Report of the Municipal Commissioner on the plague in Bombay for the year ending 31st May... - Volume 2
Disease focus: Plague
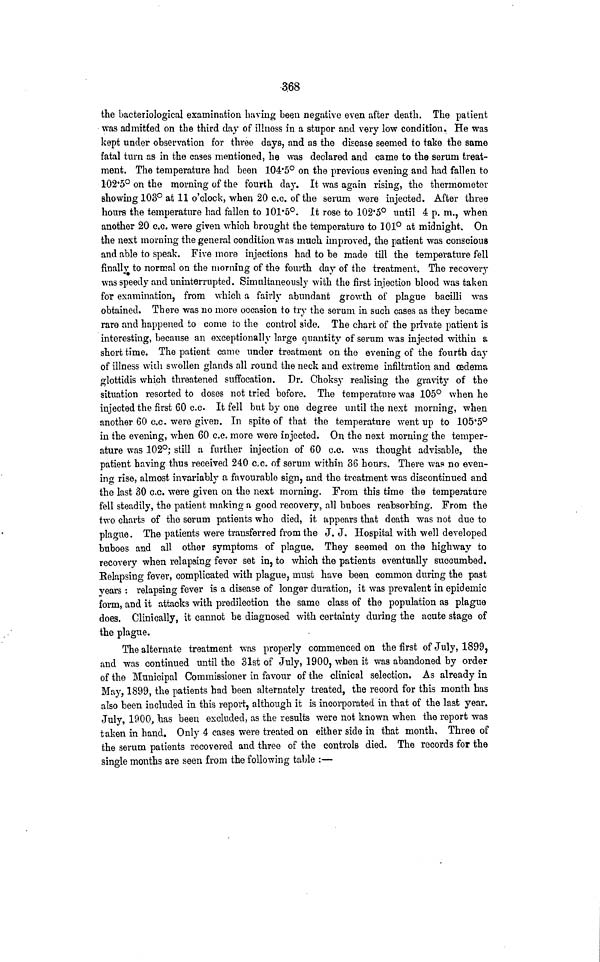
368
the bacteriological examination having been negative even after death. The patient
was admitted on the third day of illness in a stupor and very low condition. He was
kept under observation for three days, and as the disease seemed to take the same
fatal turn as in the cases mentioned, he was declared and came to the serum treat-
ment. The temperature had been 104.5° on the previous evening and had fallen to
102.5° on the morning of the fourth day. It was again rising, the thermometer
showing 103° at 11 o'clock, when 20 c.c. of the serum were injected. After three
hours the temperature had fallen to 101.5°. It rose to 102.5° until 4 p. m., when
another 20 c.c. were given which brought the temperature to 101° at midnight. On
the next morning the general condition was much improved, the patient was conscious
and able to speak. Five more injections had to be made till the temperature fell
finally to normal on the morning of the fourth day of the treatment. The recovery
was speedy and uninterrupted. Simultaneously with the first injection blood was taken
for examination, from which a fairly abundant growth of plague bacilli was
obtained. There was no more occasion to try the serum in such cases as they became
rare and happened to come to the control side. The chart of the private patient is
interesting, because an exceptionally large quantity of serum was injected within a
short time. The patient came under treatment on the evening of the fourth day
of illness with swollen glands all round the neck and extreme infiltration and cedema
glottidis which threatened suffocation. Dr. Choksy realising the gravity of the
situation resorted to doses not tried before. The temperature was 105° when he
injected the first 60 c.c It fell but by one degree until the next morning, when
another 60 c.c. were given. In spite of that the temperature went up to 105.5°i
n the evening, when 60 c.c. more were injected. On the next morning the temper-
ature was 102°; still a further injection of 60 c.c. was thought advisable, the
patient having thus received 240 c.c. of serum within 36 hours. There was no even-
ing rise, almost invariably a favourable sign, and the treatment was discontinued and
the last 30 c.c. were given on the next morning. From this time the temperature
fell steadily, the patient making a good recovery, all buboes reabsorbing. From the
two charts of the serum patients who died, it appears that death was not due to
plague. The patients were transferred from the J. J. Hospital with well developed
buboes and all other symptoms of plague. They seemed on the highway to
recovery when relapsing fever set in, to which the patients eventually succumbed.
Relapsing fever, complicated with plague, must have been common during the past
years : relapsing fever is a disease of longer duration, it was prevalent in epidemic
form, and it attacks with predilection the same class of the population as plague
does. Clinically, it cannot be diagnosed with certainty during the acute stage of
the plague.
The alternate treatment was properly commenced on the first of July, 1899,
and was continued until the 31st of July, 1900, when it was abandoned by order
of the Municipal Commissioner in favour of the clinical selection. As already in
May, 1899, the patients had been alternately treated, the record for this month has
also been included in this report, although it is incorporated in that of the last year.
July, 1900, has been excluded, as the results were not known when the report was
taken in hand. Only 4 cases were treated on either side in that month. Three of
the serum patients recovered and three of the controls died. The records for the
single months are seen from the following table :—